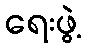
ရေးဖွဲ့